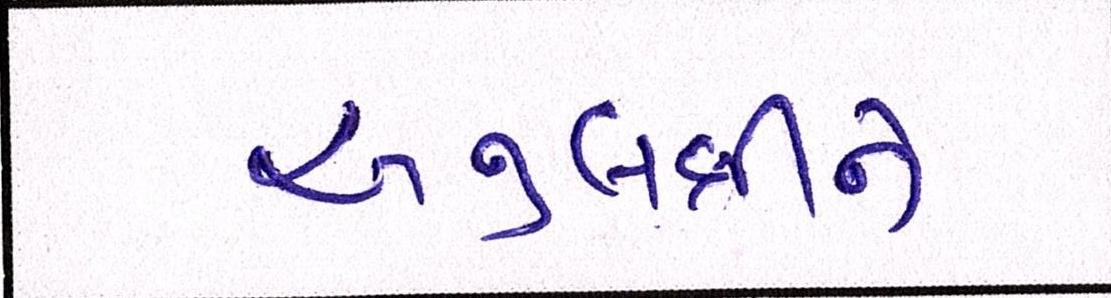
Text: અનુલક્ષીને